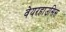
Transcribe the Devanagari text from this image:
वेयरहाउसिस